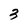
Character: 3